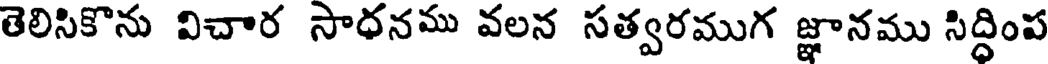
తెలిసికొను విచార సాధనము వలన సత్వరముగ జ్ఞానము సిద్ధింప